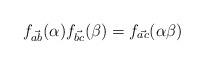
LaTeX: \begin{align*}f_{\Vec{ab}}(\alpha)f_{\Vec{bc}}(\beta)=f_{\Vec{ac}}(\alpha\beta)\end{align*}